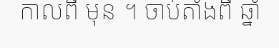
កាលពី មុន ។ ចាប់តាំងពី ឆ្នាំ